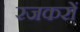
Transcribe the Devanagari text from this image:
रजकरों